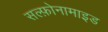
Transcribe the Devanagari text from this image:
सल्फ़ोनामाइड